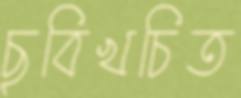
ছবিখচিত